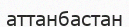
аттанбастан